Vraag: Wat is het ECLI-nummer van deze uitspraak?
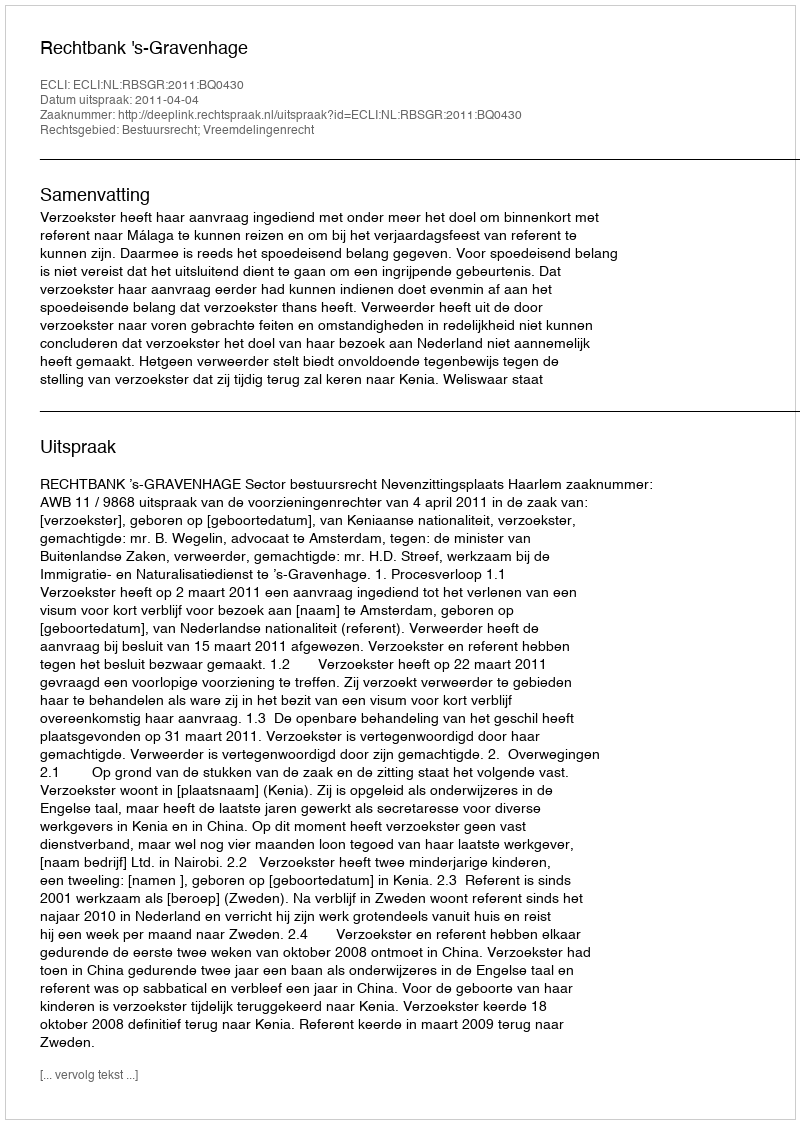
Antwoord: ECLI:NL:RBSGR:2011:BQ0430